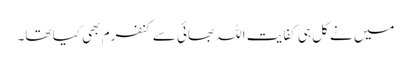
میں نے کل ہی کفایت اللہ بھائی سے کنفرم بھی کیا تھا۔